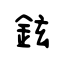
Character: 鉉